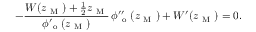
- \frac { W ( z _ { \mathrm { ~ M ~ } } ) + \frac { 1 } { 2 } z _ { \mathrm { ~ M ~ } } } { \phi _ { \mathrm { ~ o ~ } } ^ { \prime } ( z _ { \mathrm { ~ M ~ } } ) } \, \phi _ { \mathrm { ~ o ~ } } ^ { \prime \prime } ( z _ { \mathrm { ~ M ~ } } ) + W ^ { \prime } ( z _ { \mathrm { ~ M ~ } } ) = 0 .